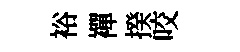
裕襌揆咬